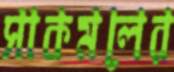
সাকমলের